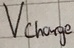
Text: Vcarge